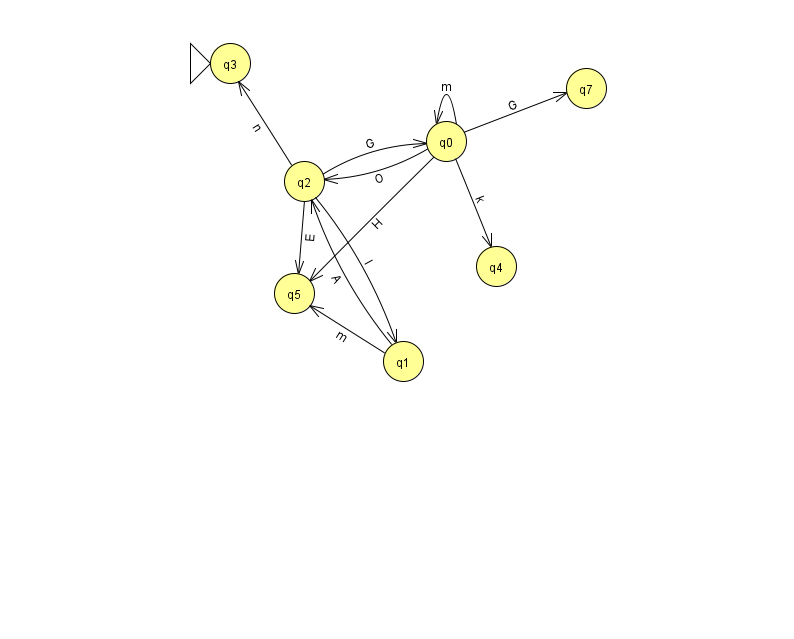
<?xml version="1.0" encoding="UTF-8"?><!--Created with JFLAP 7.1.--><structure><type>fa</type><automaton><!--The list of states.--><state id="0" name="q0"><x>446.0</x><y>128.0</y></state><state id="1" name="q1"><x>403.0</x><y>348.0</y></state><state id="2" name="q2"><x>304.0</x><y>168.0</y></state><state id="3" name="q3"><x>230.0</x><y>50.0</y><initial/></state><state id="4" name="q4"><x>496.0</x><y>253.0</y></state><state id="5" name="q5"><x>294.0</x><y>280.0</y></state><state id="7" name="q7"><x>586.0</x><y>75.0</y></state><!--The list of transitions.--><transition><from>1</from><to>2</to><read>A</read></transition><transition><from>2</from><to>0</to><read>G</read></transition><transition><from>2</from><to>5</to><read>E</read></transition><transition><from>0</from><to>5</to><read>H</read></transition><transition><from>1</from><to>5</to><read>m</read></transition><transition><from>0</from><to>4</to><read>k</read></transition><transition><from>0</from><to>0</to><read>m</read></transition><transition><from>2</from><to>1</to><read>I</read></transition><transition><from>0</from><to>2</to><read>O</read></transition><transition><from>0</from><to>7</to><read>G</read></transition><transition><from>2</from><to>3</to><read>n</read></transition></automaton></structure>